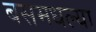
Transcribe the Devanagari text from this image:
बसमधल्या